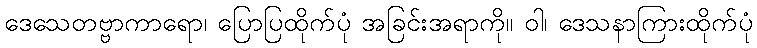
ဒေသေတဗ္ဗာကာရော၊ ပြောပြထိုက်ပုံ အခြင်းအရာကို။ ဝါ၊ ဒေသနာကြားထိုက်ပုံ